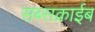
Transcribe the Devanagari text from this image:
सब्सक्राईब